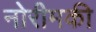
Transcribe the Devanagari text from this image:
नोरीमकी